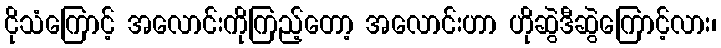
ငိုသံကြောင့် အလောင်းကိုကြည့်တော့ အလောင်းဟာ ဟိုဆွဲဒီဆွဲကြောင့်လား၊